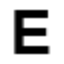
E